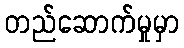
တည်ဆောက်မှုမှာ